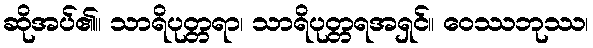
ဆိုအပ်၏။ သာရိပုတ္တရာ၊ သာရိပုတ္တရအရှင်။ ဝေဿဘုဿ၊